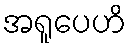
အရူပေဟိ